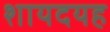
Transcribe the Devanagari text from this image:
शायदयह